system: You are a helpful assistant.
user:
Analyze the provided spectrum to determine if it is a **"Cataclysmic Variables (CV)"**.

- **Key Indicators for CV (Check for either state):**
    - **State 1: Quiescent / Low-State (Emission-Dominated)**
        - **(Primary):** Strong and *very broad* Hydrogen Balmer emission lines (e.g., $H\alpha$ at 6563 Å, $H\beta$ at 4861 Å). The 'broadness' (high velocity dispersion, often FWHM > 1000 km/s) is the key diagnostic, indicating a high-velocity accretion disk.
        - **(Secondary):** Broad neutral Helium (He I) emission lines (e.g., 5876 Å, 6678 Å).
        - **(Key Confirmation):** Presence of high-excitation *ionized* Helium (He II) emission at 4686 Å. This is a strong indicator of accretion onto a white dwarf.
        - **(Line Profile):** Emission lines may exhibit a 'double-peaked' profile, which is a classic signature of a rotating accretion disk viewed at high inclination.

    - **State 2: Outburst / High-State (Absorption-Dominated)**
        - **(Primary):** Spectrum is dominated by a bright, blue continuum (looks like a hot star).
        - **(Secondary):** The emission lines from State 1 are weak, absent, or 'filled in', and are replaced by broad, shallow *absorption* lines (primarily Balmer and He I).
        - **(Morphology):** The overall spectrum mimics a hot B/A-type star. The crucial difference is that the absorption lines are significantly broader, shallower, and more 'washed-out' (or 'smeared') than the sharp lines of a normal stellar photosphere, due to high rotational speeds and pressure broadening in the disk.

Think first, call **spectral_visualization_tool** if needed to examine features in detail, then provide your final answer. Your response must adhere to the following strict rules:
1.  **Overall Structure:** Your response must follow the format `<think>...</think> <tool_call>...</tool_call> (if a tool is used) <answer>...</answer>`.
2.  **Tool Usage Constraint:** You may only make **one** tool call per turn.
3.  **Final Answer Format:** In the `<answer>` tag, your conclusion must be inside a `\boxed{}` command (e.g., `\boxed{YES}`), followed by your justification.

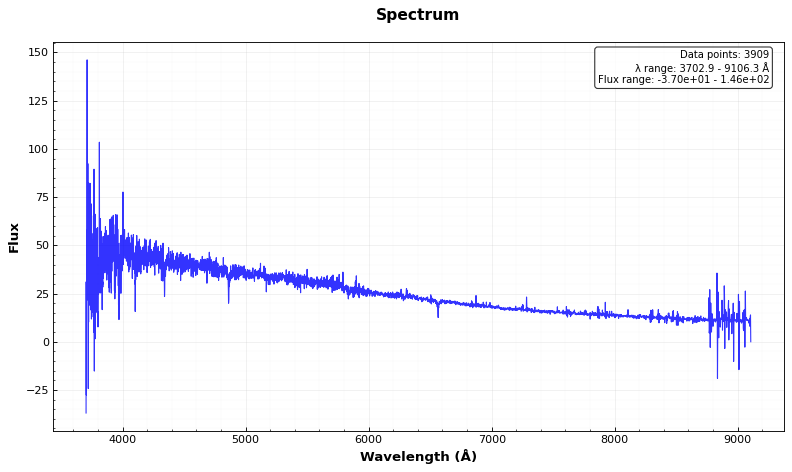
Answer: NO